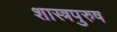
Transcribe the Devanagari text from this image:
शास्त्रपुरुष